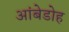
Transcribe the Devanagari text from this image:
आंबेडोह